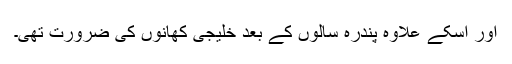
اور اسکے علاوہ پندرہ سالوں کے بعد خلیجی کھانوں کی ضرورت تھی۔